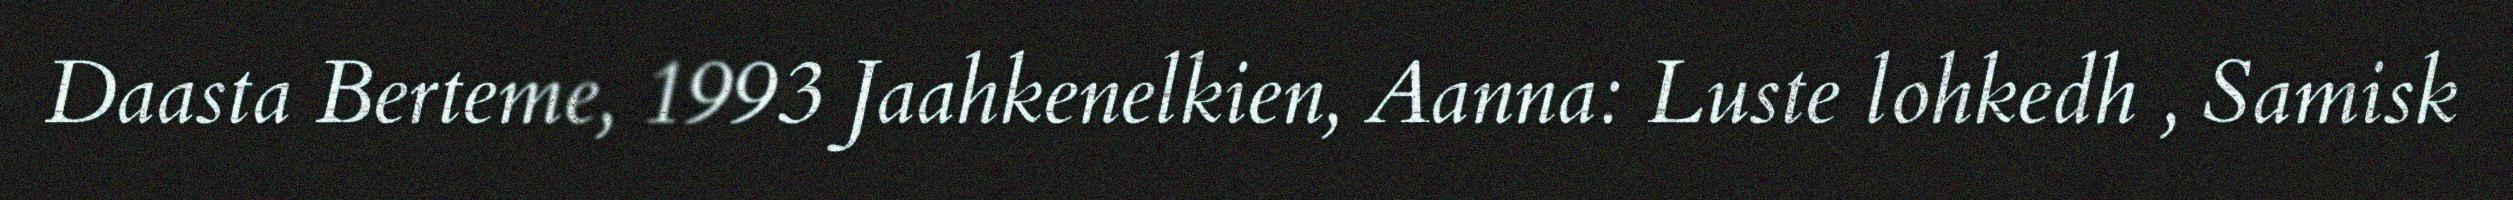
Daasta Berteme, 1993 Jaahkenelkien, Aanna: Luste lohkedh , Samisk